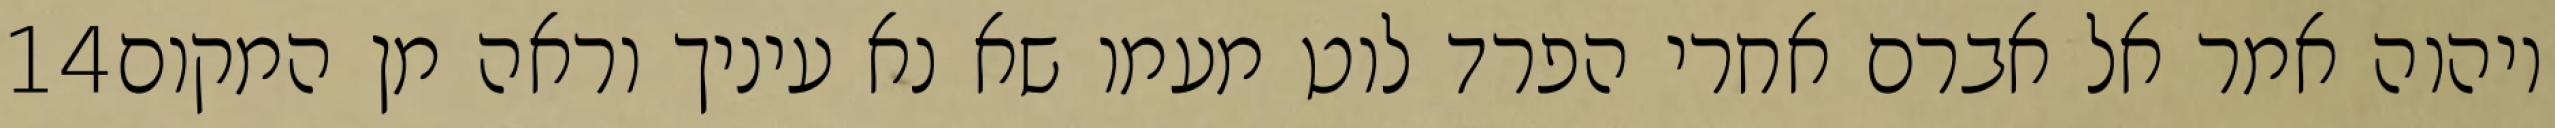
‎14‏ ויהוה אמר אל אברם אחרי הפרד לוט מעמו שא נא עיניך וראה מן המקום